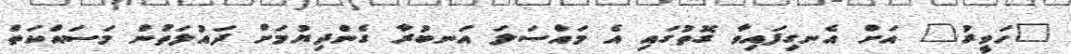
"ހަވީރު" އަށް އެނގިފައިވާ ގޮތުގައި އެ މައްސަލަ އަނބުރާ ގެންދިޔުމަށް ދައުލަތުން މަސައްކަތް